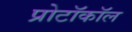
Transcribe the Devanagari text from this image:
प्रोटॉकॉल